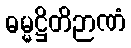
ဓမ္မဋ္ဌိတိဉာဏံ